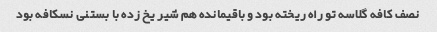
نصف کافه گلاسه تو راه ریخته بود و باقیمانده هم شیر یخ زده با بستنی نسکافه بود